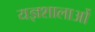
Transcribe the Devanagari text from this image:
यज्ञशालाओं